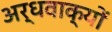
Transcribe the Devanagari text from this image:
अर्धवाक्यों